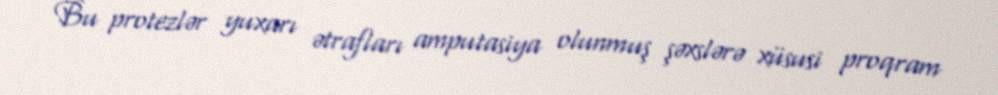
Bu protezlər yuxarı ətrafları amputasiya olunmuş şəxslərə xüsusi proqram